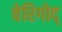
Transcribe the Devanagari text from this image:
वेरिगोद्